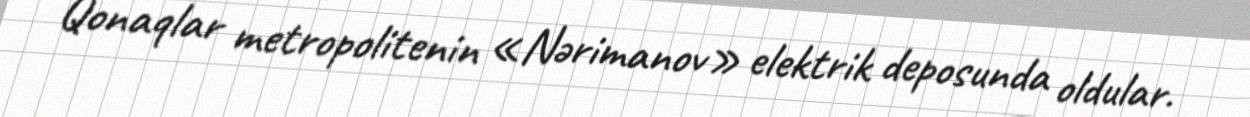
Qonaqlar metropolitenin «Nərimanov» elektrik deposunda oldular.